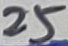
Text: 25